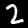
Label: 2